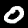
Label: 0